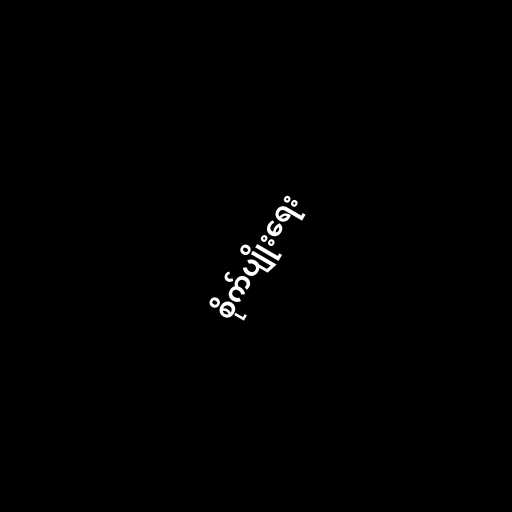
စိုက်ပျိုးရေး